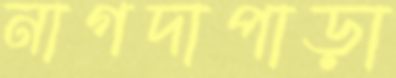
নাগদাপাড়া